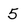
Character: 5